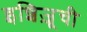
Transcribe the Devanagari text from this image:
इशिज़ूची